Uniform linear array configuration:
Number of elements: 12
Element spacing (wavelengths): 0.5
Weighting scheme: kaiser
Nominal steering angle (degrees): -15
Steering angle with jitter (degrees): -15.535
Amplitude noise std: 0.05
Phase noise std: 0.05

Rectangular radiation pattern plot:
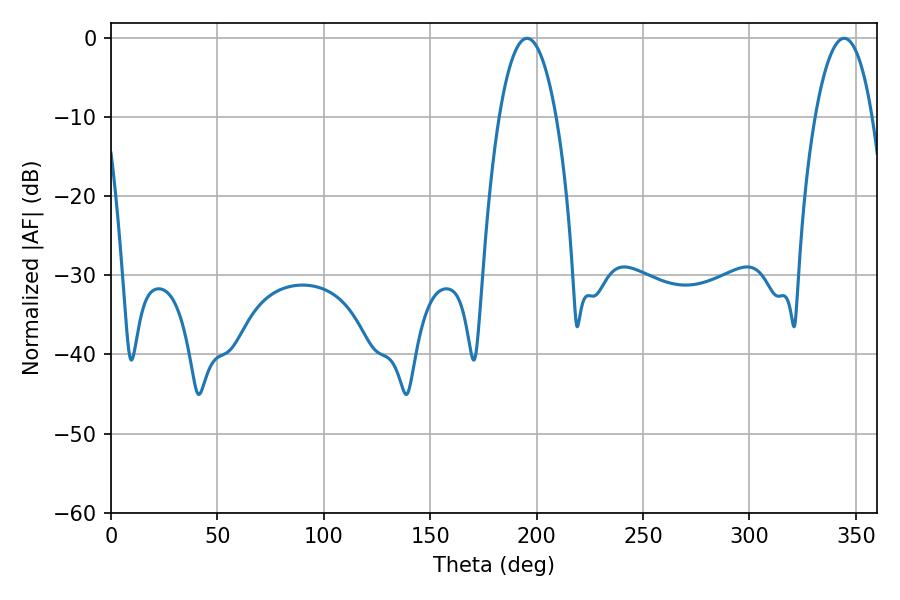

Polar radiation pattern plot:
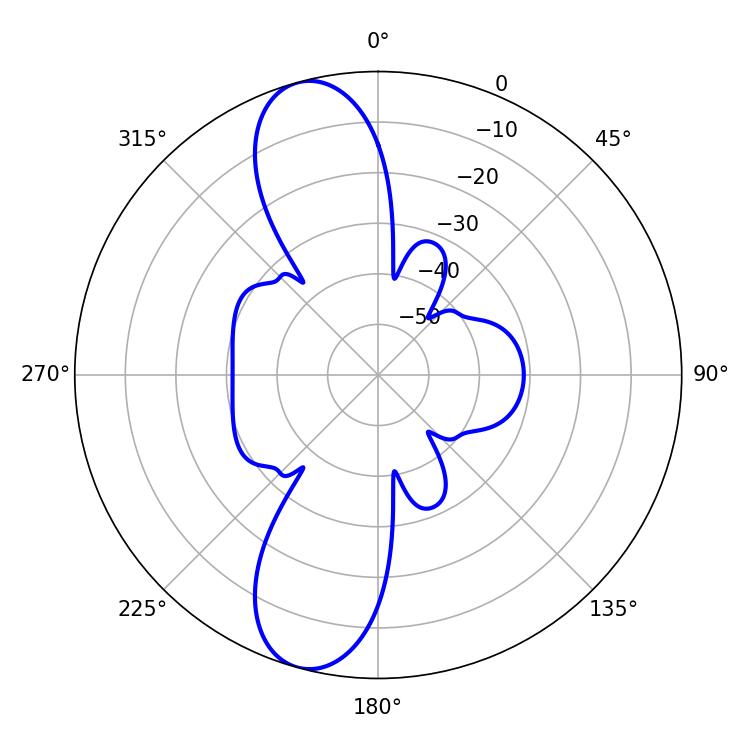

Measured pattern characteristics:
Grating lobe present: FALSE
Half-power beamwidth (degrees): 14.94
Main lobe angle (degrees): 195.48